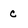
Character: c